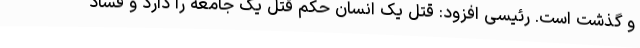
و گذشت است. رئیسی افزود: قتل یک انسان حکم قتل یک جامعه را دارد و فساد